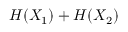
H ( X _ { 1 } ) + H ( X _ { 2 } )